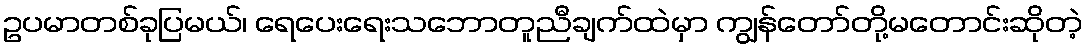
ဥပမာတစ်ခုပြမယ်၊ ရေပေးရေးသဘောတူညီချက်ထဲမှာ ကျွန်တော်တို့မတောင်းဆိုတဲ့